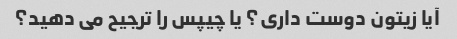
آیا زیتون دوست داری؟ یا چیپس را ترجیح می دهید؟